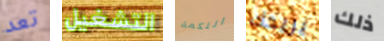
تعد التشغيل اللكمة يريحك ذلك